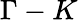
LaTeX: \Gamma-K